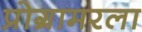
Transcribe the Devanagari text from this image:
प्रोग्रामरला